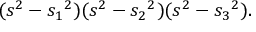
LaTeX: ( s ^ { 2 } - { s _ { 1 } } ^ { 2 } ) ( s ^ { 2 } - { s _ { 2 } } ^ { 2 } ) ( s ^ { 2 } - { s _ { 3 } } ^ { 2 } ) .